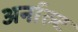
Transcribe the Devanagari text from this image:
अर्नाल्ट